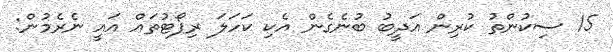
15 ސިކުންތު ކުރިން އަދީބު ބުނެގެން އެކި ކަހަލަ ރިޕޯޓުތައް އައީ ނެރެމުން: